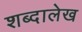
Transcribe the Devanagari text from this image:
शब्दालेख